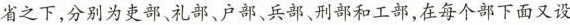
省之下，分别为吏部、礼部、户部、兵部、刑部和工部，在每个部下面又设